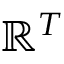
\mathbb { R } ^ { T }